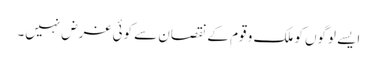
ایسے لوگوں کو ملک و قوم کے نقصان سے کوئی غرض نہیں۔